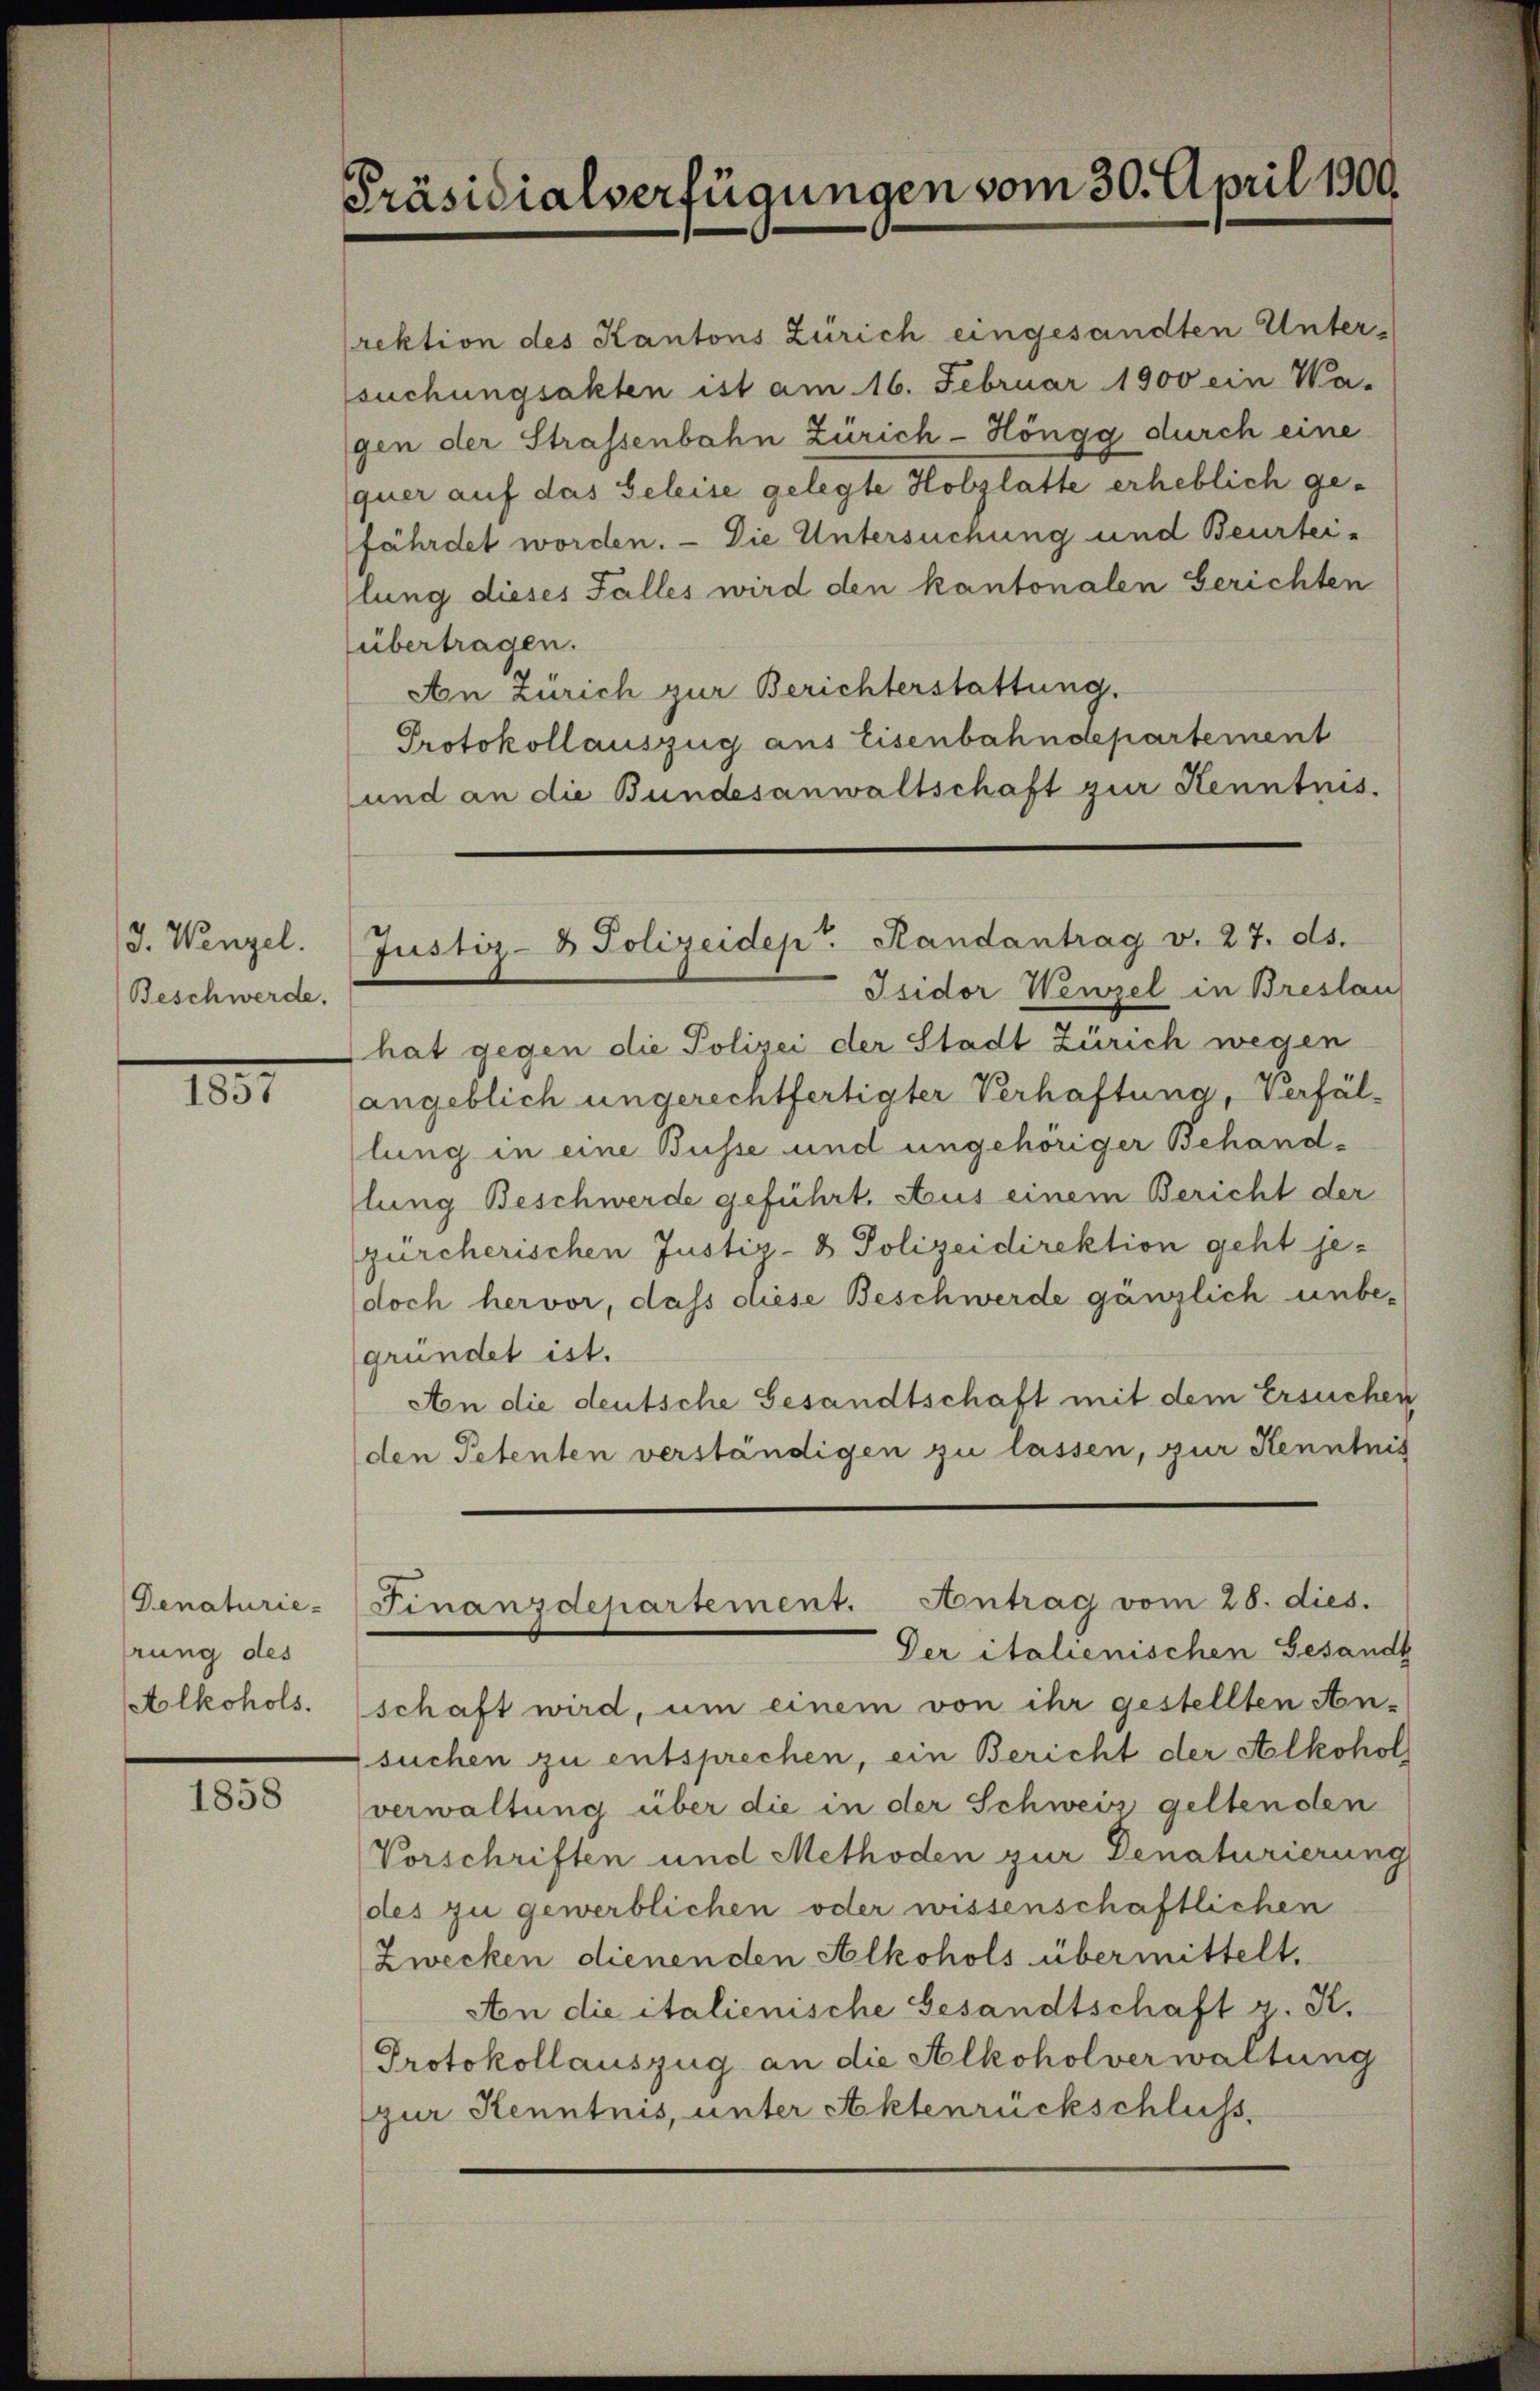
/3. Wengel.
Beschwerde.

1831

Denaturie-
rung des
Alkohols.

1858

Präsidialverfügungen vom 30. April 1900.

Justiz- & Polizeidep. Randantrag v. 27. ds.

rektion des Kantons Zürich eingesandten Unter-
suchungsakten ist am 16. Februar 1900 ein Wa-
gen der Strassenbahn Zürich - Höngg durch eine
quer auf das Geleise gelegte Holzlatte erheblich gefährdet worden. — Die Untersuchung und Beurtei-
lung dieses Falles wird den kantonalen Gerichten
übertragen.
An Zürich zur Berichterstattung.
Protokollauszug aus Eisenbahndepartement
und an die Bundesanwaltschaft zur Kenntnis.
Isidor Wenzel in Breslau
hat gegen die Polizei der Stadt Zürich wegen
angeblich ungerechtfertigter Verhaftung, verfällung in eine Busse und ungehöriger Behandllung Beschwerde geführt, Aus einem Bericht der
zürcherischen Justiz- & Polizeidirektion geht jedoch hervor, dass diese Beschwerde gänzlich unbe-
gründet ist.
An die deutsche Gesandtschaft mit dem Ersucher
den Petenten verständigen zu lassen, zur Kenntnis
Finanzdepartement. Antrag vom 28. dies.
Der italienischen Gesandt
schaft wird, um einem von ihr gestellten An-
suchen zu entsprechen, ein Bericht der Alkohol
verwaltung über die in der Schweiz geltenden
Vorschriften und Methoden zur Denaturierung
des zu gewerblichen oder wissenschaftlichen
Zwecken dienenden Alkohols übermittelt.
An die italienische Gesandtschaft z. K.
Protokollauszug an die Alkoholverwaltung
gur Kenntnis, unter Aktenrückschluss.